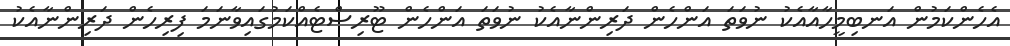
އެހެންކަމުން އަނބިމީހާއާއެކު ނުވަތަ އަންހެން ދަރިންނާއެކު ނުވަތަ އަންހެން ޓޫރިސްޓެއްކަމުގައިވާނަމަ ފިރިހެން ދަރިންނާއެކު